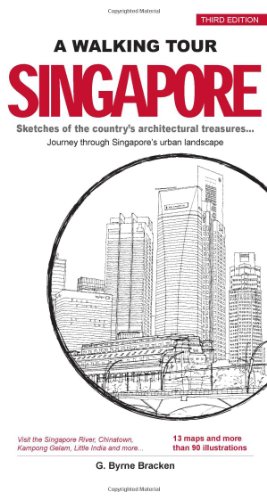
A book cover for Singapore (Walking Tour (Marshall Cavendish)); Gregory Byrne Bracken; Travel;